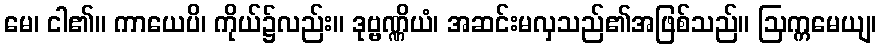
မေ၊ ငါ၏။ ကာယေပိ၊ ကိုယ်၌လည်း။ ဒုဗ္ဗဏ္ဏိယံ၊ အဆင်းမလှသည်၏အဖြစ်သည်။ ဩက္ကမေယျ၊